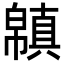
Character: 𢅬